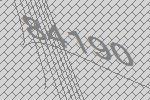
84190